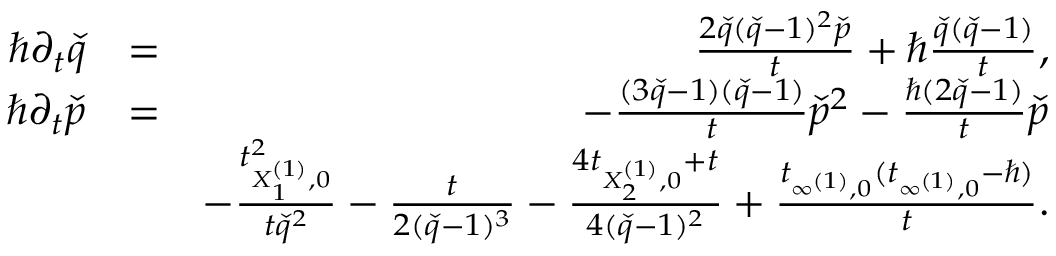
\begin{array} { r l r } { \hbar \partial _ { t } \check { q } } & { = } & { \frac { 2 \check { q } ( \check { q } - 1 ) ^ { 2 } \check { p } } { t } + \hbar \frac { \check { q } ( \check { q } - 1 ) } { t } , } \\ { \hbar \partial _ { t } \check { p } } & { = } & { - \frac { ( 3 \check { q } - 1 ) ( \check { q } - 1 ) } { t } \check { p } ^ { 2 } - \frac { \hbar ( 2 \check { q } - 1 ) } { t } \check { p } } \\ & { } & { - \frac { t _ { X _ { 1 } ^ { ( 1 ) } , 0 } ^ { 2 } } { t \check { q } ^ { 2 } } - \frac { t } { 2 ( \check { q } - 1 ) ^ { 3 } } - \frac { 4 t _ { X _ { 2 } ^ { ( 1 ) } , 0 } + t } { 4 ( \check { q } - 1 ) ^ { 2 } } + \frac { t _ { \infty ^ { ( 1 ) } , 0 } ( t _ { \infty ^ { ( 1 ) } , 0 } - \hbar ) } { t } . } \\ & { } & \end{array}